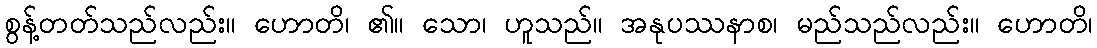
စွန့်တတ်သည်လည်း။ ဟောတိ၊ ၏။ သော၊ ဟူသည်။ အနုပဿနာစ၊ မည်သည်လည်း။ ဟောတိ၊